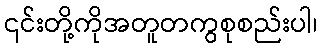
၎င်းတို့ကိုအတူတကွစုစည်းပါ၊